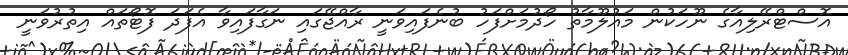
އޮސްޓްރޭލިއާގެ ނޫހަކުން މައުލޫމާތު ހޯދުމަށްފަހު ބުނެފައިވަނީ ރާއްޖޭގައި ނަގާފައިވާ އެފަދަ ފޮޓޯޯތައް އިތުރުވަނީ